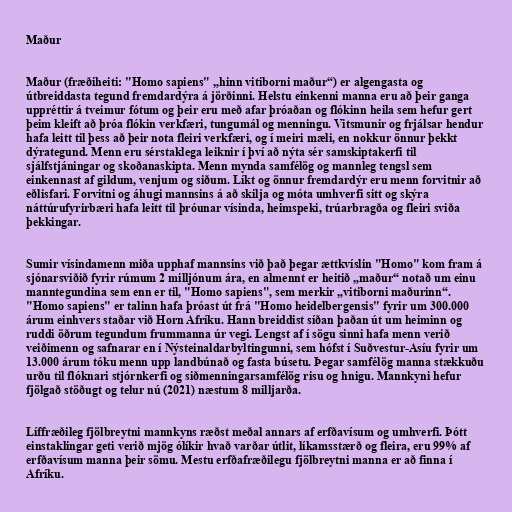
Maður

Maður (fræðiheiti: "Homo sapiens" „hinn vitiborni maður“) er algengasta og
útbreiddasta tegund fremdardýra á jörðinni. Helstu einkenni manna eru að þeir ganga
uppréttir á tveimur fótum og þeir eru með afar þróaðan og flókinn heila sem hefur gert
þeim kleift að þróa flókin verkfæri, tungumál og menningu. Vitsmunir og frjálsar hendur
hafa leitt til þess að þeir nota fleiri verkfæri, og í meiri mæli, en nokkur önnur þekkt
dýrategund. Menn eru sérstaklega leiknir í því að nýta sér samskiptakerfi til
sjálfstjáningar og skoðanaskipta. Menn mynda samfélög og mannleg tengsl sem
einkennast af gildum, venjum og siðum. Líkt og önnur fremdardýr eru menn forvitnir að
eðlisfari. Forvitni og áhugi mannsins á að skilja og móta umhverfi sitt og skýra
náttúrufyrirbæri hafa leitt til þróunar vísinda, heimspeki, trúarbragða og fleiri sviða
þekkingar.

Sumir vísindamenn miða upphaf mannsins við það þegar ættkvíslin "Homo" kom fram á
sjónarsviðið fyrir rúmum 2 milljónum ára, en almennt er heitið „maður“ notað um einu
manntegundina sem enn er til, "Homo sapiens", sem merkir „vitiborni maðurinn“.
"Homo sapiens" er talinn hafa þróast út frá "Homo heidelbergensis" fyrir um 300.000
árum einhvers staðar við Horn Afríku. Hann breiddist síðan þaðan út um heiminn og
ruddi öðrum tegundum frummanna úr vegi. Lengst af í sögu sinni hafa menn verið
veiðimenn og safnarar en í Nýsteinaldarbyltingunni, sem hófst í Suðvestur-Asíu fyrir um
13.000 árum tóku menn upp landbúnað og fasta búsetu. Þegar samfélög manna stækkuðu
urðu til flóknari stjórnkerfi og siðmenningarsamfélög risu og hnigu. Mannkyni hefur
fjölgað stöðugt og telur nú (2021) næstum 8 milljarða.

Líffræðileg fjölbreytni mannkyns ræðst meðal annars af erfðavísum og umhverfi. Þótt
einstaklingar geti verið mjög ólíkir hvað varðar útlit, líkamsstærð og fleira, eru 99% af
erfðavísum manna þeir sömu. Mestu erfðafræðilegu fjölbreytni manna er að finna í
Afríku.